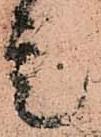
是